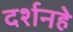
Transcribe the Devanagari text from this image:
दर्शनहे